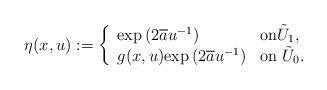
LaTeX: \begin{align*}\eta (x,u):=\left\{\begin{array}{ll} {\rm exp}\left( 2\overline{a}u^{-1}\right) & \mbox{on$\tilde{U}_1$},\\g(x,u){\rm exp}\left( 2\overline{a}u^{-1}\right) & \mbox{on $\tilde{U}_0$.}\end{array}\right.\end{align*}